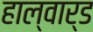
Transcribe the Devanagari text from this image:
हाल्वार्ड